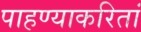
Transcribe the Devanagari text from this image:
पाहण्याकरितां